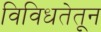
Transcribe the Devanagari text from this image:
विविधतेतून